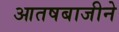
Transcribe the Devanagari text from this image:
आतषबाजीने